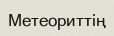
Метеориттің